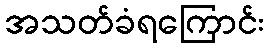
အသတ်ခံရကြောင်း